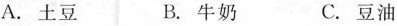
A.土豆 B.牛奶 C.豆油